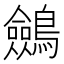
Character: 𪇇